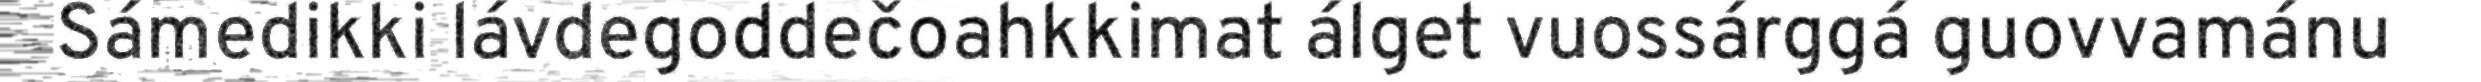
Sámedikki lávdegoddečoahkkimat álget vuossárggá guovvamánu